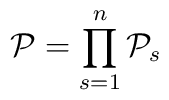
{\cal P} = \prod\limits_{s=1}^n {{\cal P}}_s